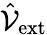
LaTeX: \hat{\mathcal{V}}_{\mathrm{ext}}